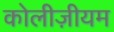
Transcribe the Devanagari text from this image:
कोलीज़ीयम